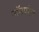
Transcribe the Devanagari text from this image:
नॉनपरेल